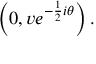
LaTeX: \left( 0 , v e ^ { - { \frac { 1 } { 2 } } i \theta } \right) .